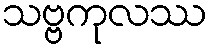
သဗ္ဗကုလဿ